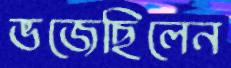
ভজেছিলেন